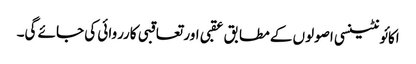
اکائونٹینسی اصولوں کے مطابق عقبی اور تعاقبی کارروائی کی جائے گی۔